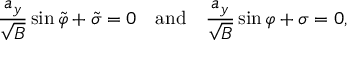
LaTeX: \frac { a _ { y } } { \sqrt B } \sin \tilde { \varphi } + \tilde { \sigma } = 0 \mathrm { \ \ \ a n d \ \ \ } \frac { a _ { y } } { \sqrt B } \sin \varphi + \sigma = 0 ,